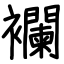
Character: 襴